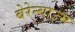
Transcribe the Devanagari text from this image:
बेरेन्बाउम